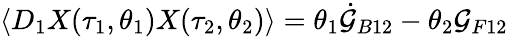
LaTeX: \langle D_{1}X(\tau_{1},\theta_{1})X(\tau_{2},\theta_{2})\rangle=\theta_{1}\dot{\cal G}_{B12}-\theta_{2}{\cal G}_{F12}